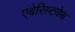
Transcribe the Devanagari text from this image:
एबेरिस्टवेथ